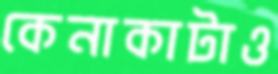
কেনাকাটাও